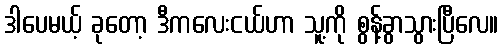
ဒါပေမယ့် ခုတော့ ဒီကလေးငယ်ဟာ သူ့ကို စွန့်ခွာသွားပြီလေ။